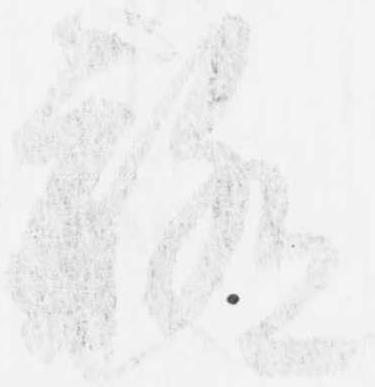
聊